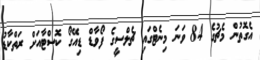
އެގޮތުން މެޗުގެ 84 ވަނަ މިނެޓްގައި ޗެލްސީގެ ފޯވާޑް ޑިއޭގޯ ކޮސްޓާއަށް ރަތްކާޑު